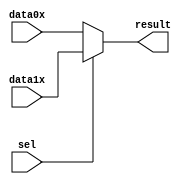
`timescale 1 ps / 1 ps

module mux2to1_2bit (
	data0x,
	data1x,
	sel,
	result);

	input	[1:0]  data0x;
	input	[1:0]  data1x;
	input	  sel;
	output	[1:0]  result;

	assign result = sel ? data1x : data0x;

endmodule